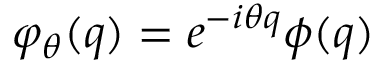
\varphi _ { \theta } ( q ) = e ^ { - i \theta q } \phi ( q )